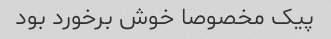
پیک مخصوصا خوش برخورد بود